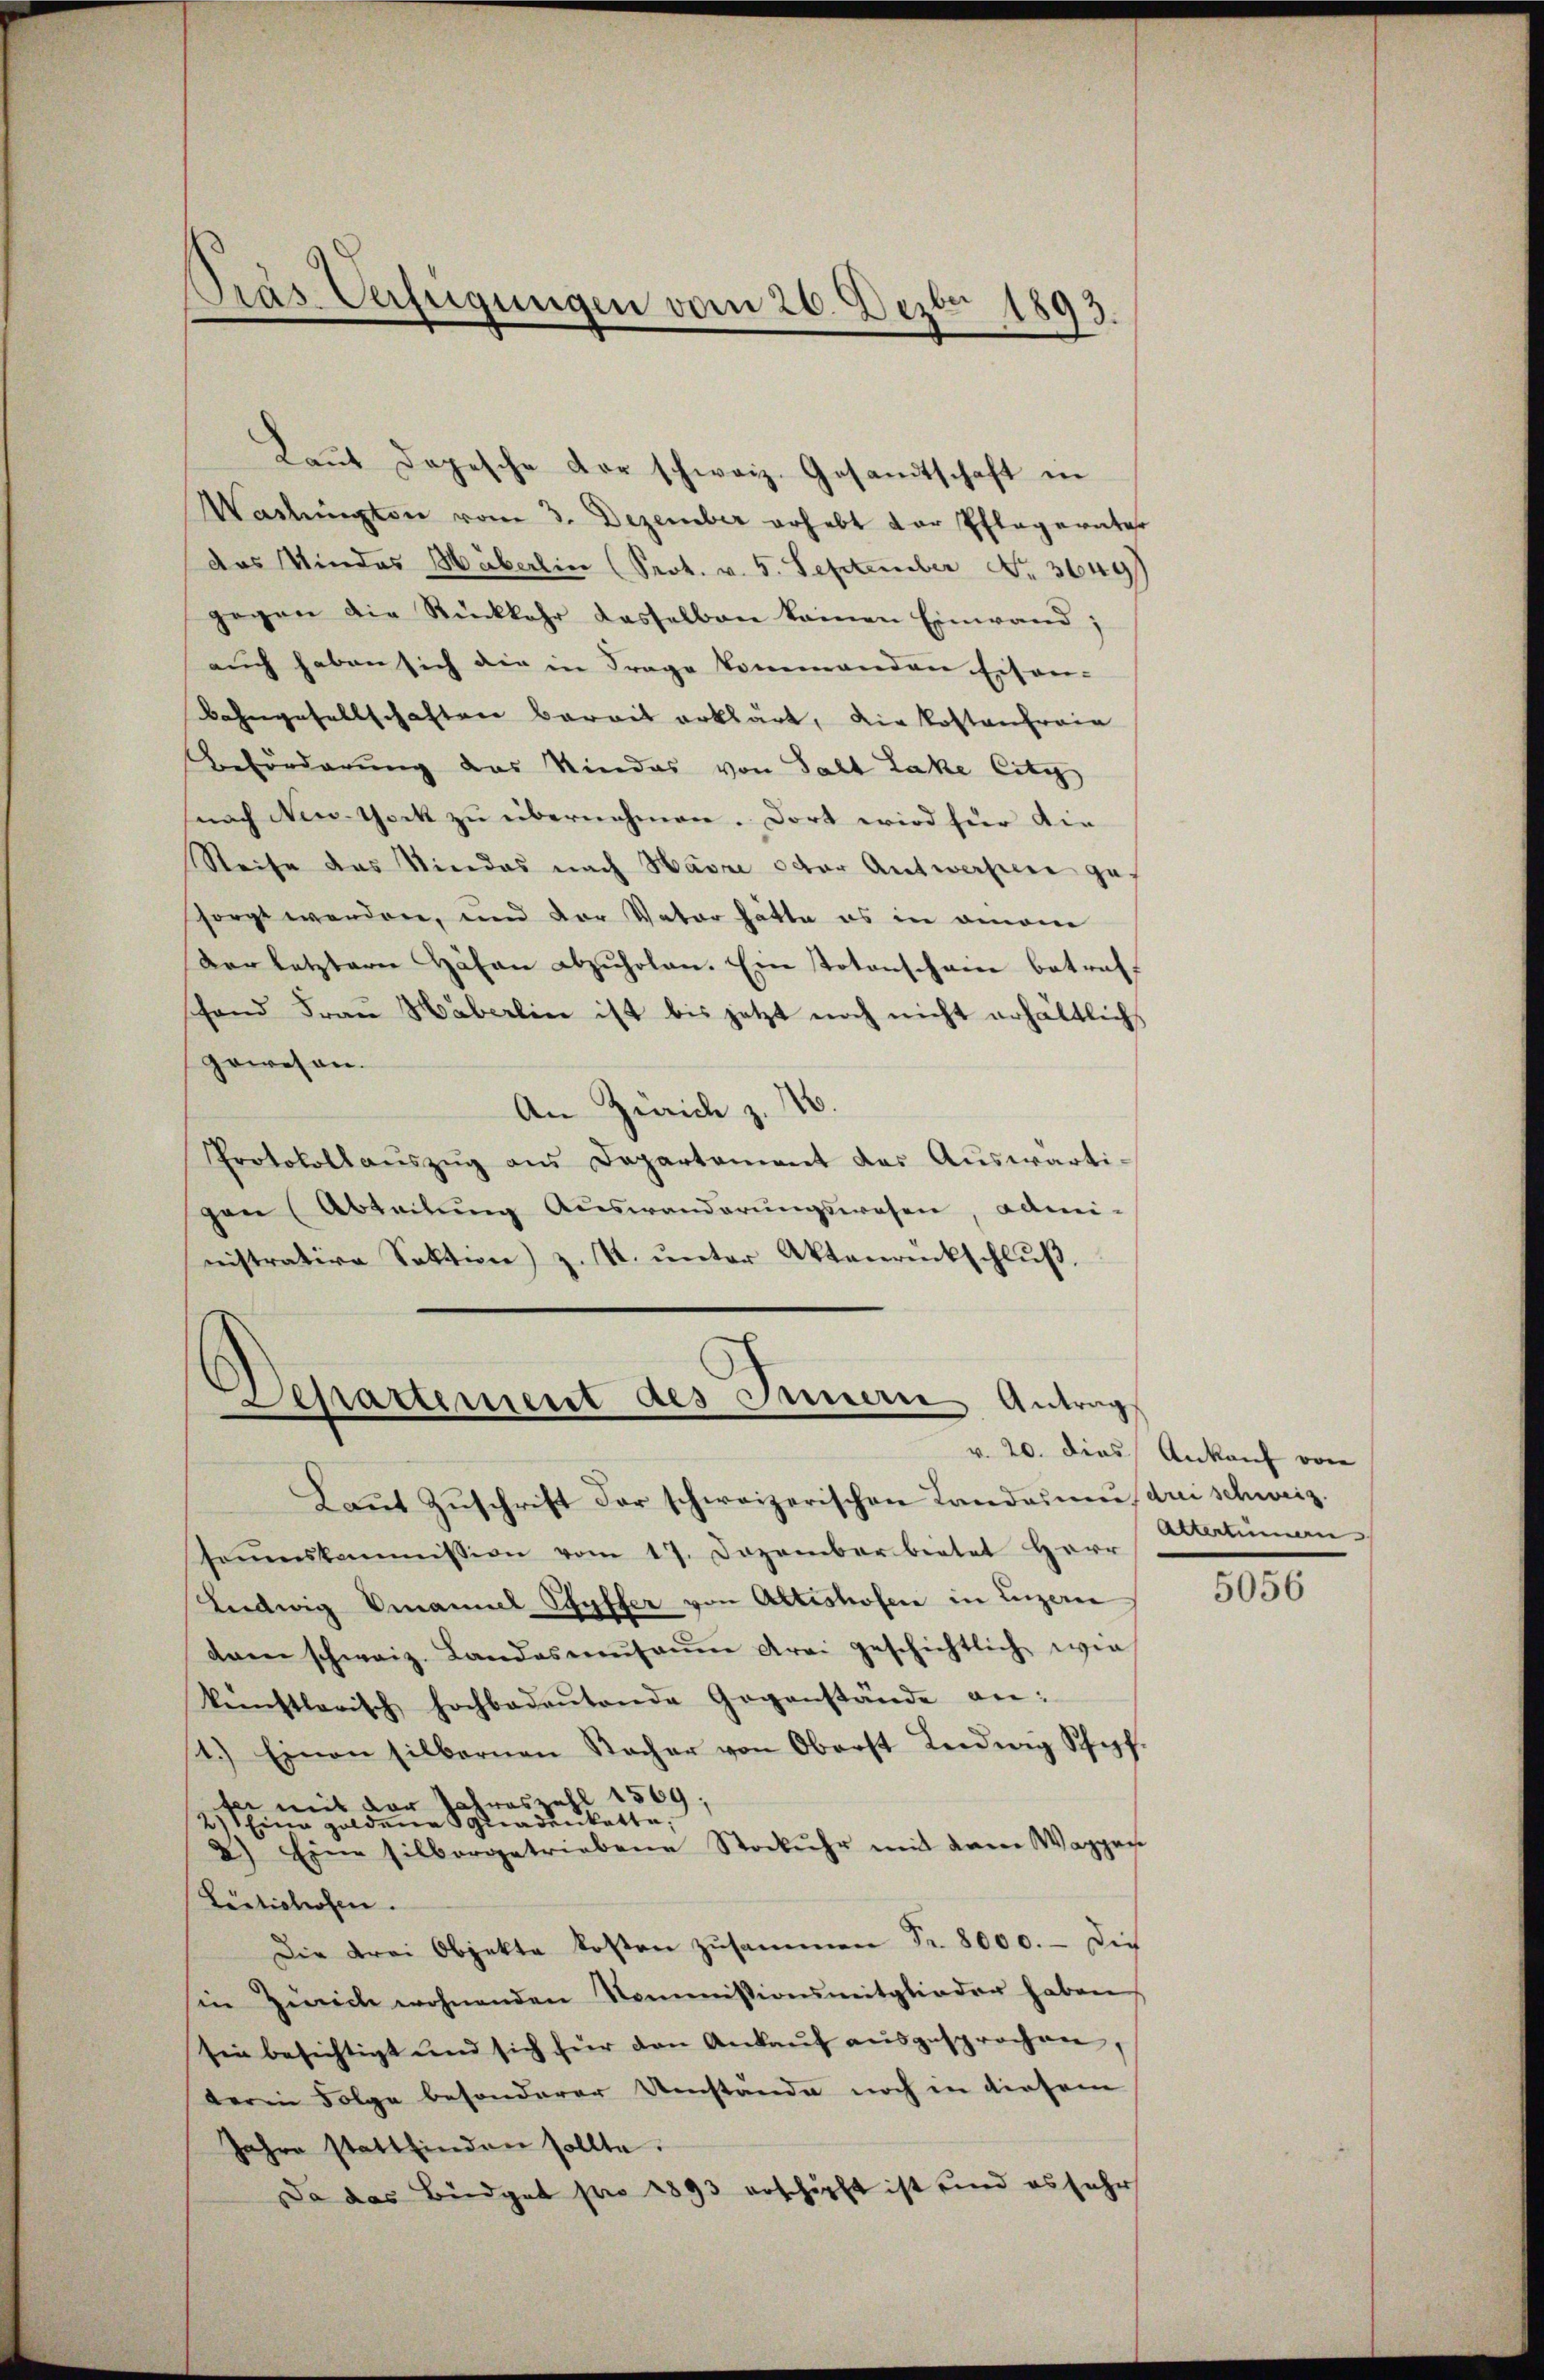
Laŭt dopesche der schweiz. Gesandtschaft in
Wachŭngton vom 3. Dezember erhebt der Pflegernter
das Mindes Häberlin (Prot. v. 5. September Nr. 3649
gegen die Rückkehr dasselben keinen Einwand;
auch haben sich die in Frage kommenden Eisen-
Bahngesellschaften bereit erklärt, die Kostenfreie
Beförderung das Kindes von Salt Lake Citi
(nach New-York zu übernehmen. Dort wird für die
Reise das Kindes nach Havre oder Antworfen gesorgt werden, und der Vater hätte es in omnem
verletzterer Höhen abzŭholen. Ein Totenschain betreff
fand Frau Häberlin ist bis jetzt noch nicht erhältlich
gewesen.
An Zürich z. 16.
Protokoll aŭszŭg ans Departament das Aŭswärti-
gen (Abteilŭng Aŭswanderŭngswesen, admi-
nistrative Sektion z. R. ŭnter Aktenrückschlŭβ

Pras Verfügungen vom 26. Dezbr 1893.

Departement des Innern Antrag
v. 20. dies Ankauf von

Laŭt Zŭschrift der schweizerischen Landamm, drei schweiz.
Poŭmskommission vom 17. Dezember bietet Herr
Ludwig Viannel Pfyffer von Altishofen in Luzern
dam schweiz. Landosneŭsaŭm drei geschichtlich wie
künstlerisch hochbadaŭtende Gegenstände an:
1.) Einen silbernen Sacher von Oberst Leidwig Schopf.
fer mit der Jahreszahl 1569;
Eine goldene Gnadenkette,
2) Eine silbergetriebene Stockuhr mit dem Wapper
Lustichosen.
Die Frei Objekte kosten zusammen Fr. 8000. - Die
in Zürich wohnenden Kommissionsmitglieder haben
sin besichtigt und sich für den Ankaŭf aŭsgesprochen,
terin Folge besonderer Umstände noch in diesem
Jahre stattfinden sollte.
Da das Büdget pro 1893 erschöpft ist und es sehr

Attartinen

5056